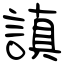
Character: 謓